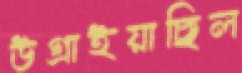
উগ্‌রাইয়াছিল